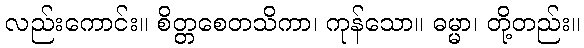
လည်းကောင်း။ စိတ္တစေတသိကာ၊ ကုန်သော။ ဓမ္မာ၊ တို့တည်း။